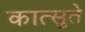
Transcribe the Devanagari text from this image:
कात्सुते